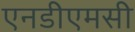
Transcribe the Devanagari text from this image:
एनडीएमसी